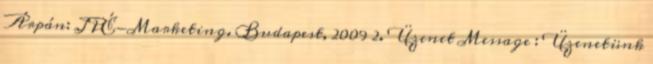
Árpán: JPÉ-Marketing. Budapest, 2009 2. Üzenet Message : Üzenetünk